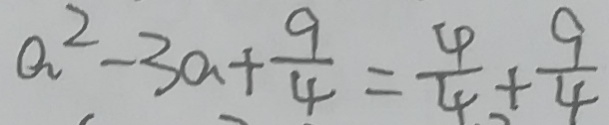
a ^ { 2 } - 3 a + \frac { 9 } { 4 } = \frac { 4 } { 4 } + \frac { 9 } { 4 }